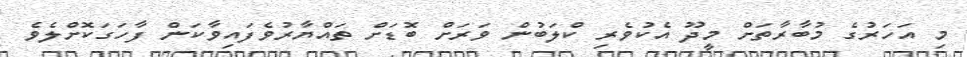
މި އަހަރުގެ މުބާރާތަށް މީދޫ އެކުވެރި ކްލަބުން ވަރަށް ބޮޑަށް ތައްޔާރުވެފައިވާކަން ފާހަގަކޮށްލެވެ